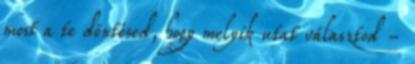
most a te döntésed, hogy melyik utat választod -